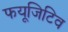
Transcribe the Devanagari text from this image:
फयूजिटिव